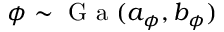
\phi \sim \mathrm { ~ G ~ a ~ } ( a _ { \phi } , b _ { \phi } )